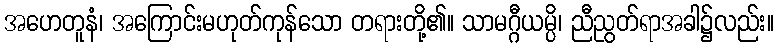
အဟေတူနံ၊ အကြောင်းမဟုတ်ကုန်သော တရားတို့၏။ သာမဂ္ဂီယမ္ပိ၊ ညီညွတ်ရာအခါ၌လည်း။